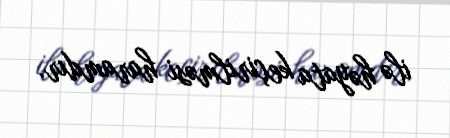
ilə həyata keçirilməsi haramdır.